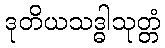
ဒုတိယသဒ္ဓါသုတ္တံ